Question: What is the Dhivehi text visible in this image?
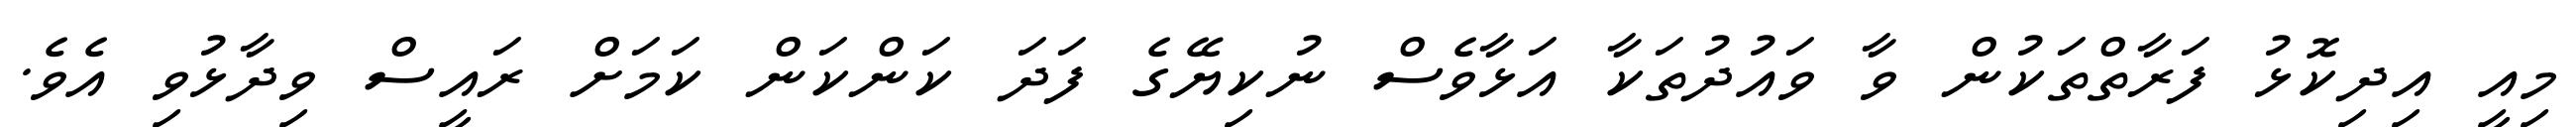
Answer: މިއީ އިދިކޮޅު ފަރާތްތަކުން ވާ ވައުދުތަކާ އަޅާވެސް ނުކިޔޭގެ ފަދަ ކަންކަން ކަމަށް ރައީސް ވިދާޅުވި އެވެ.